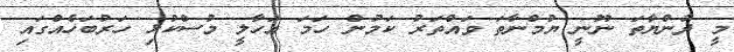
މީ ދުންޔާތަ ނޫނީ ޔުމްނާތަ ވައްތަރު ކަމުން ހަމަ އަހާލީ މުސްކުޅި ހަރުބަހެއްގައި